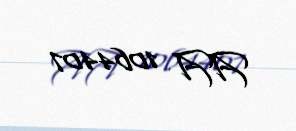
AA 1064407